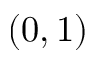
( 0 , 1 )